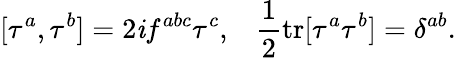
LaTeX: [\tau^{a},\tau^{b}]=2\mathit{i}f^{abc}\tau^{c},\; \; \; \frac{{1}}{{2}}\mathrm{{tr}}[\tau^{a}\tau^{b}]=\delta^{ab}.